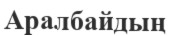
Аралбайдың